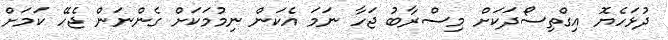
ދުޅަހެޔޮ އިގްތިސޯދަކަށް މިސްރާބު ޖަހާ ނަމަ އެކަން ނިމުމަކަށް ގެންނަން ޖެހޭ ކަމަށް